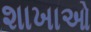
શાખાઓ